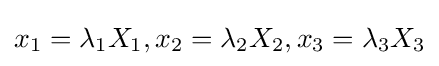
x_{1}=\lambda _{1}X_{1},x_{2}=\lambda _{2}X_{2},x_{3}=\lambda _{3}X_{3}